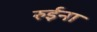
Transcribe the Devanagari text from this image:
रुईना